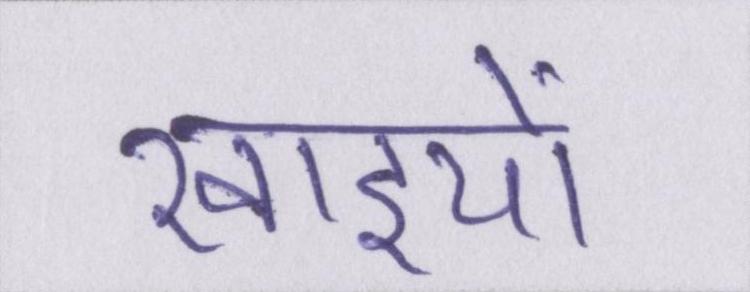
खाइयों